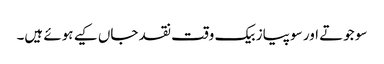
سو جوتے اور سو پیاز بیک وقت نقد جاں کیے ہوئے ہیں۔